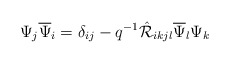
\begin{align*}\Psi_{j}\overline{\Psi}_{i}=\delta_{ij}- q^{-1}\hat{{\cal R}}_{ikjl}\overline{\Psi}_{l}\Psi_{k} \end{align*}